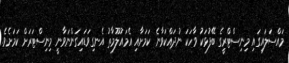
މައްސަލައިގައި މިނިސްޓްރީގެ ބޭފުޅަކު ވާހަކަ ނުދައްކަވާނެ ކަމަށާއި އެމައުލޫމާތު އެނގިވަޑައިގަންނަވާނީ މިނިސްޓަރަށް ކަމަށެވެ.